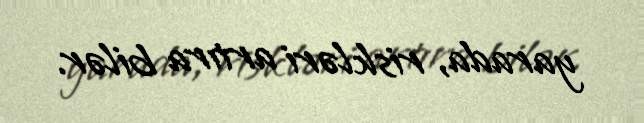
yarada, riskləri artıra bilər.